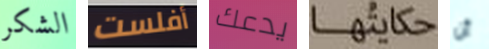
الشكر أفلست يدعك حكايتها أن